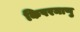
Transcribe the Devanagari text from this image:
किपरमाणु